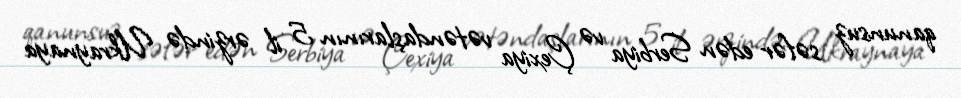
qanunsuz səfər edən Serbiya və Çexiya vətəndaşlarının 5 il ərzində Ukraynaya